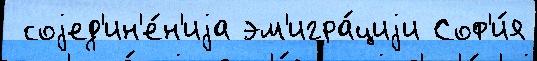
 соjед'ин'е́н'иjа эм'игра́циjи Соф'и́я